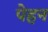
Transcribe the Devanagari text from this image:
पेहन